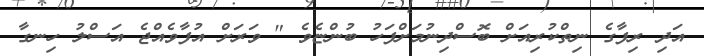
އަދި ރިފާގެ ނިތްކުރިއަށް ބޮސްދިނުމަށްފަހު ބުންޏެވެ " ވަރަށް އުފާވެއްޖެ އަސްލު ހިނގާ